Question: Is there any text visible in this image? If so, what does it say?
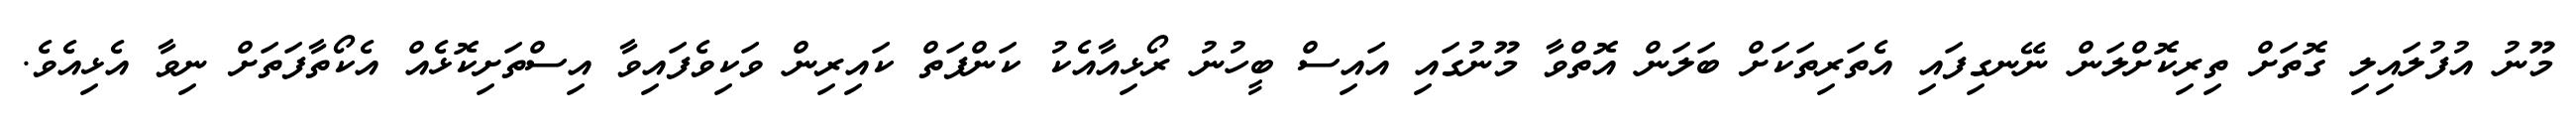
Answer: މޫނު އުފުލައިލި ގޮތަށް ތިރިކޮށްލަން ނޭނގިފައި އެތަރިތަކަށް ބަލަން އޮތްވާ މޫނުގައި އައިސް ބީހުނު ރޯޅިއާއެކު ކަންފަތް ކައިރިން ވަކިވެފައިވާ އިސްތަށިކޮޅެއް އެކޯތާފަތަށް ނިވާ އެޅިއެވެ.